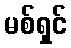
မစ်ရှင်